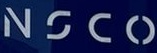
Nsco